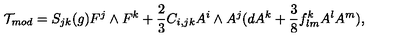
{ \cal T } _ { m o d } = S _ { j k } ( g ) { F } ^ { j } \wedge { F } ^ { k } + \frac { 2 } { 3 } C _ { i , j k } A ^ { i } \wedge A ^ { j } ( d A ^ { k } + \frac { 3 } { 8 } f _ { l m } ^ { k } A ^ { l } A ^ { m } ) ,